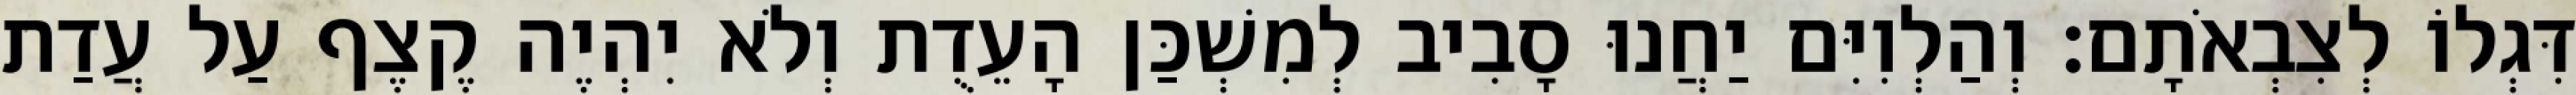
דִּגְלוֹ לְצִבְאֹתָם׃ וְהַלְוִיִּם יַחֲנוּ סָבִיב לְמִשְׁכַּן הָעֵדֻת וְלֹא יִהְיֶה קֶצֶף עַל עֲדַת